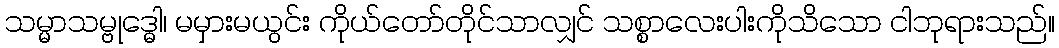
သမ္မာသမ္ဗုဒ္ဓေါ၊ မမှားမယွင်း ကိုယ်တော်တိုင်သာလျှင် သစ္စာလေးပါးကိုသိသော ငါဘုရားသည်။